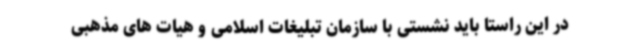
در این راستا باید نشستی با سازمان تبلیغات اسلامی و هیات های مذهبی